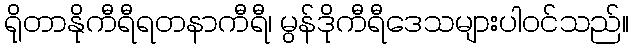
ရိုတာနိုကီရီရတနာကီရီ၊ မွန်ဒိုကီရီဒေသများပါဝင်သည်။